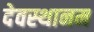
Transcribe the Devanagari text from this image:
देवस्‍थानम